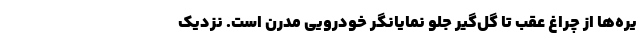
یر‌ه‌ها از چراغ عقب تا گِل‌گیر جلو نمایانگر خودرویی مدرن است. نزدیک